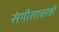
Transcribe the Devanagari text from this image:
संगीतावरही